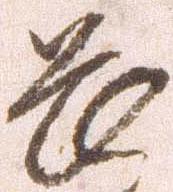
畏